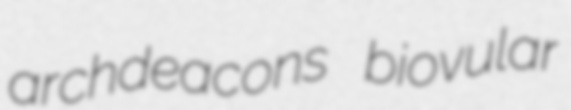
archdeacons biovular